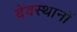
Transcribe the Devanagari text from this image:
देवस्‍थानों